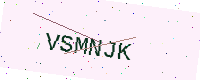
Text: VSMNJK